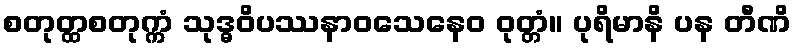
စတုတ္ထစတုက္ကံ သုဒ္ဓဝိပဿနာဝသေနေဝ ဝုတ္တံ။ ပုရိမာနိ ပန တီဏိ